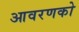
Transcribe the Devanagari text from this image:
आवरणको